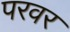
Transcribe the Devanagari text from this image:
परवर